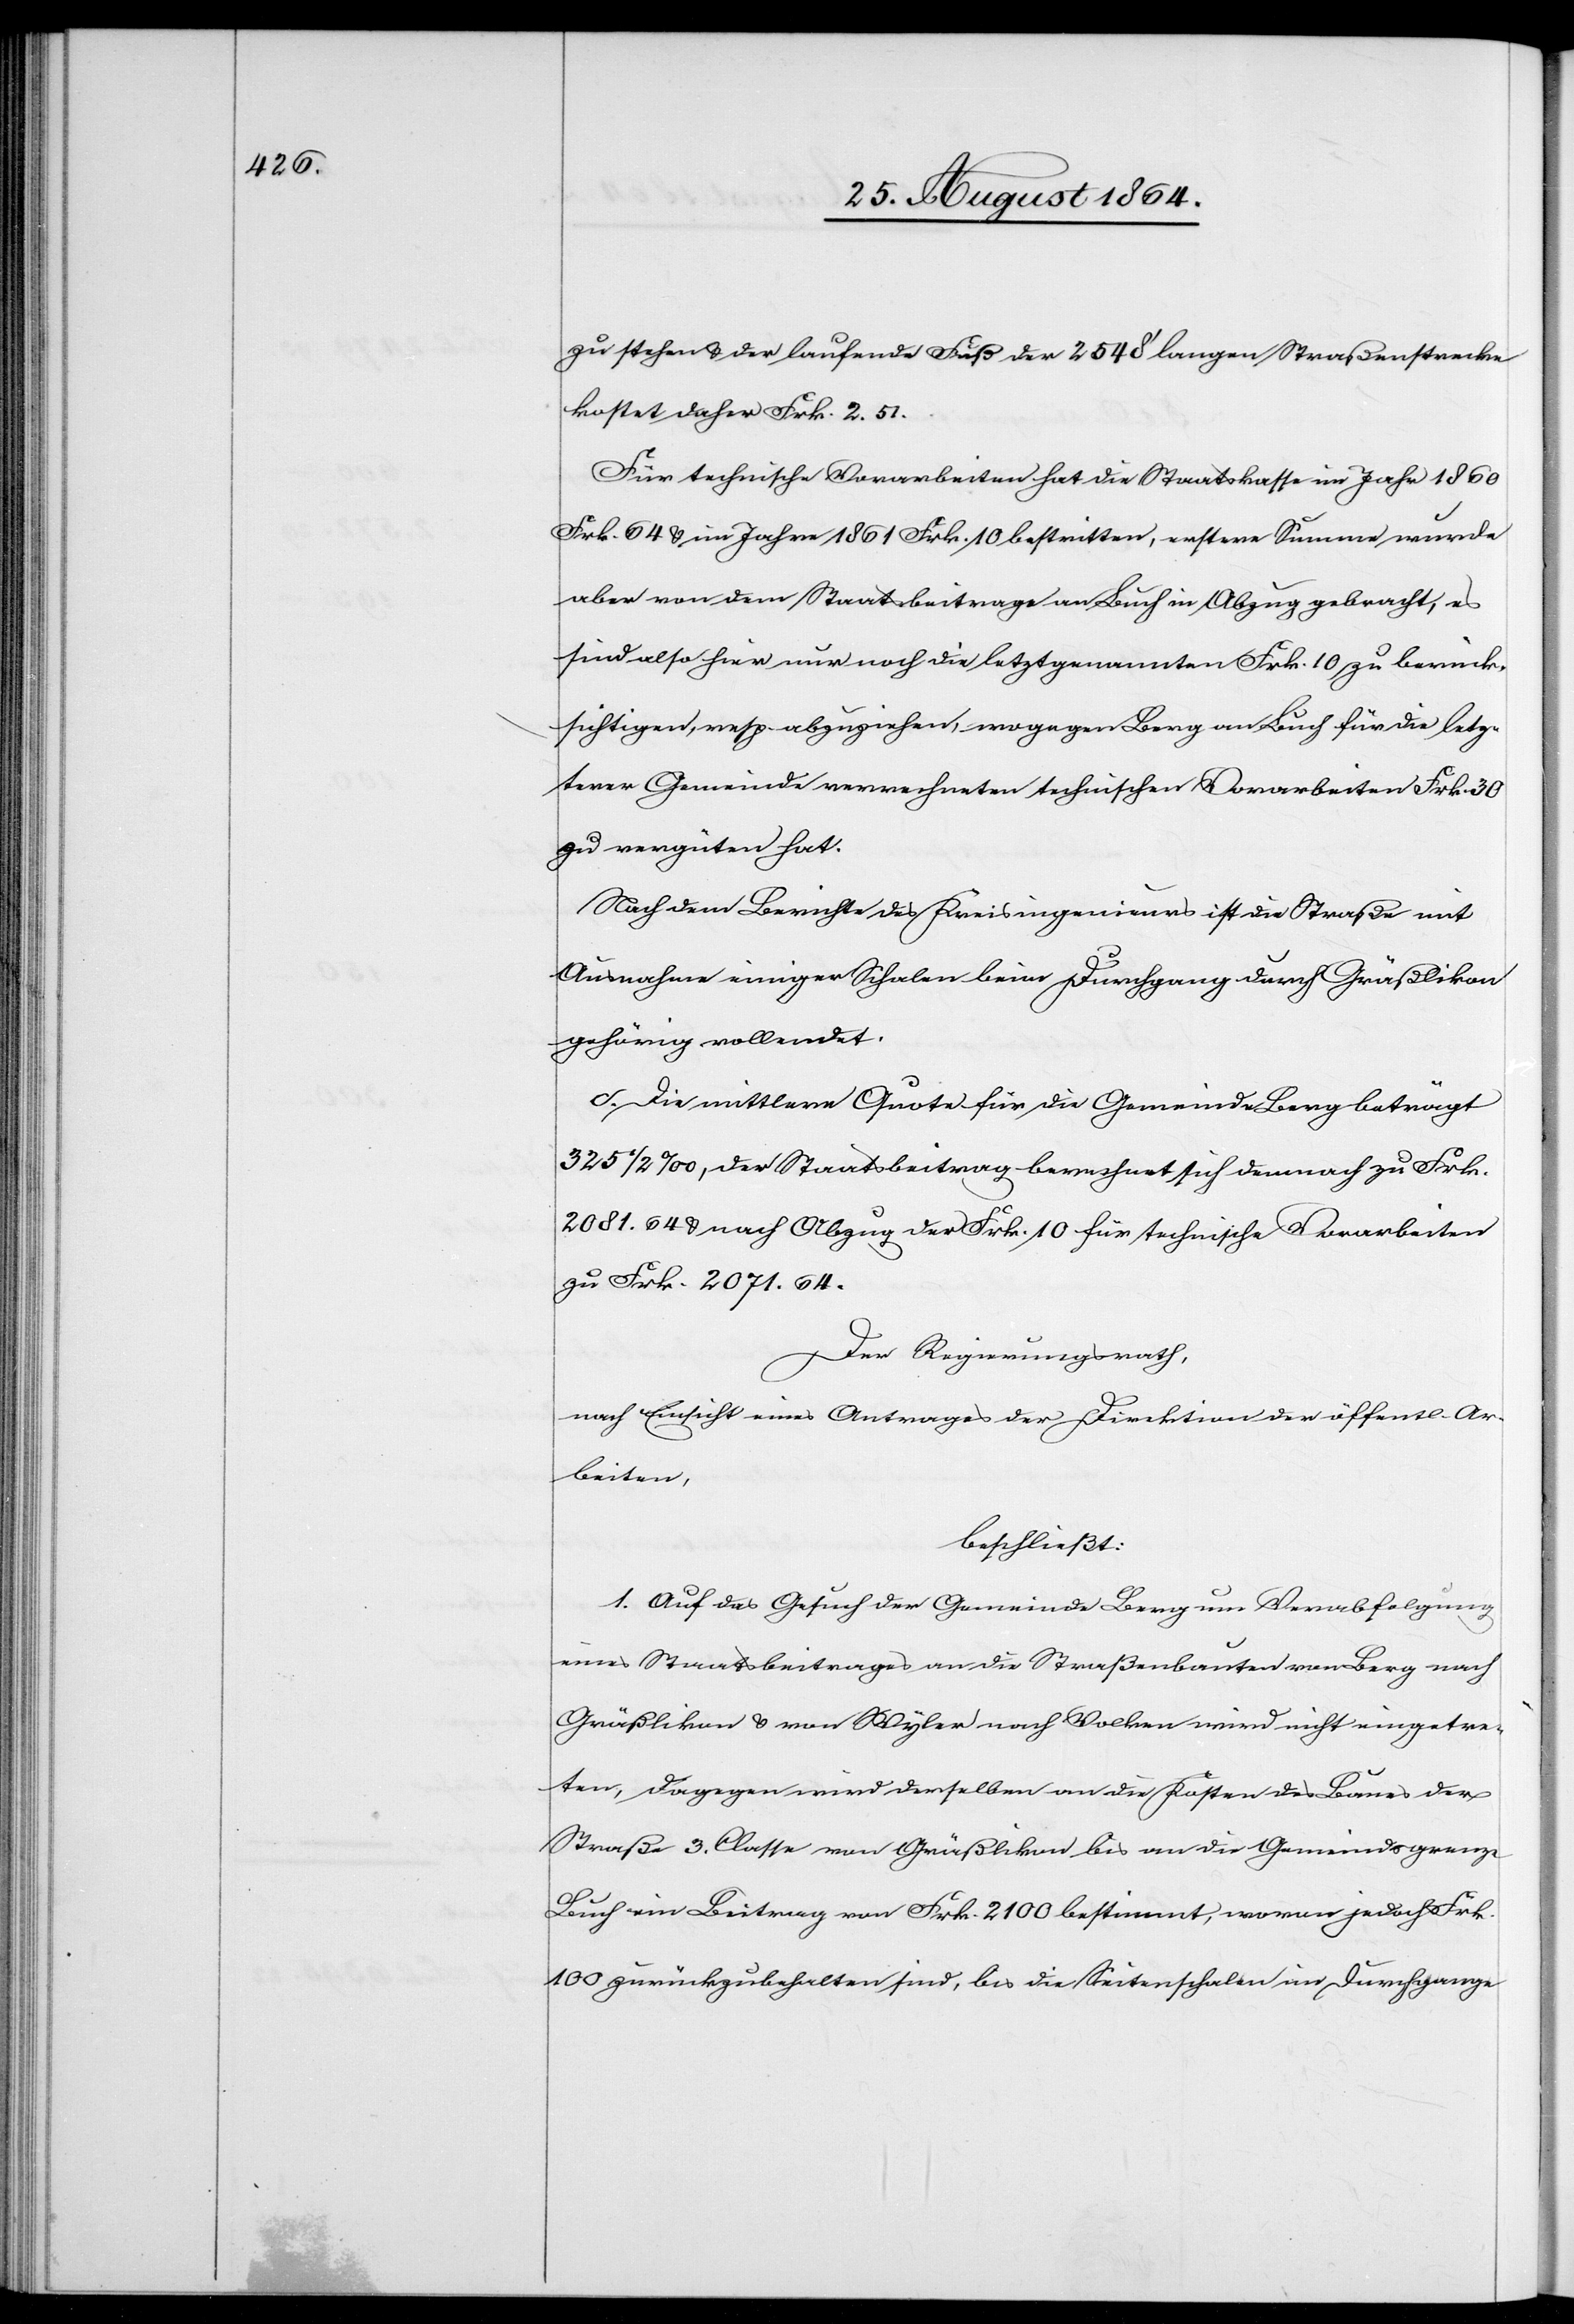
zu stehen & der laufende Fuß der 2458’ langen Straßenstrecke
kostet daher Frk. 2.51.
Für technische Vorarbeiten hat die Staatskasse im Jahr 1860
Frk. 64 & im Jahre 1861 Frk. 10 bestritten, erstere Summe wurde
aber von dem Staatsbeitrage an Buch in Abzug gebracht, es
sind also hier nur noch die letztgenannten Frk. 10 zu berück¬
sichtigen, resp. abzuziehen, wogegen Berg an Buch für die letz¬
terer Gemeinde verrechneten technischen Vorarbeiten Frk. 30
zu vergüten hat.
Nach dem Berichte des Kreisingenieurs ist die Straße mit
Ausnahme einiger Schalen beim Durchgang durch Gräßlikon
gehörig vollendet.
c. Die mittlere Quote für die Gemeinde Berg beträgt
325 1/2‰, der Staatsbeitrag berechnet sich demnach zu Frk.
2081.64 & nach Abzug der Frk. 10 für technische Vorarbeiten
zu Frk. 2071.64.
Der Regierungsrath,
nach Einsicht eines Antrages der Direktion der öffentl. Ar¬
beiten,
beschließt:
1. Auf das Gesuch der Gemeinde Berg um Verabfolgung
eines Staatsbeitrages an die Straßenbauten von Berg nach
Gräßlikon & von Wyler nach Volken wird nicht eingetre¬
ten, dagegen wird derselben an die Kosten des Baues der
Straße 3. Classe von Gräßlikon bis an die Gemeindsgrenze
Buch ein Beitrag von Frk. 2100 bestimmt, wovon jedoch Frk.
100 zurückzubehalten sind, bis die Seitenschalen im Durchgange